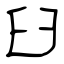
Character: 臼